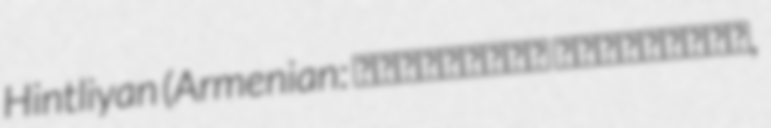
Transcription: Hintliyan (Armenian: Յովհաննէս Հինդլիեան,